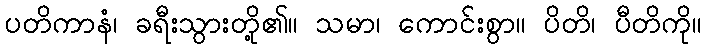
ပတိကာနံ၊ ခရီးသွားတို့၏။ သမာ၊ ကောင်းစွာ။ ပိတိ၊ ပီတိကို။